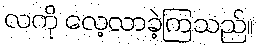
လကို လေ့လာခဲ့ကြသည်။